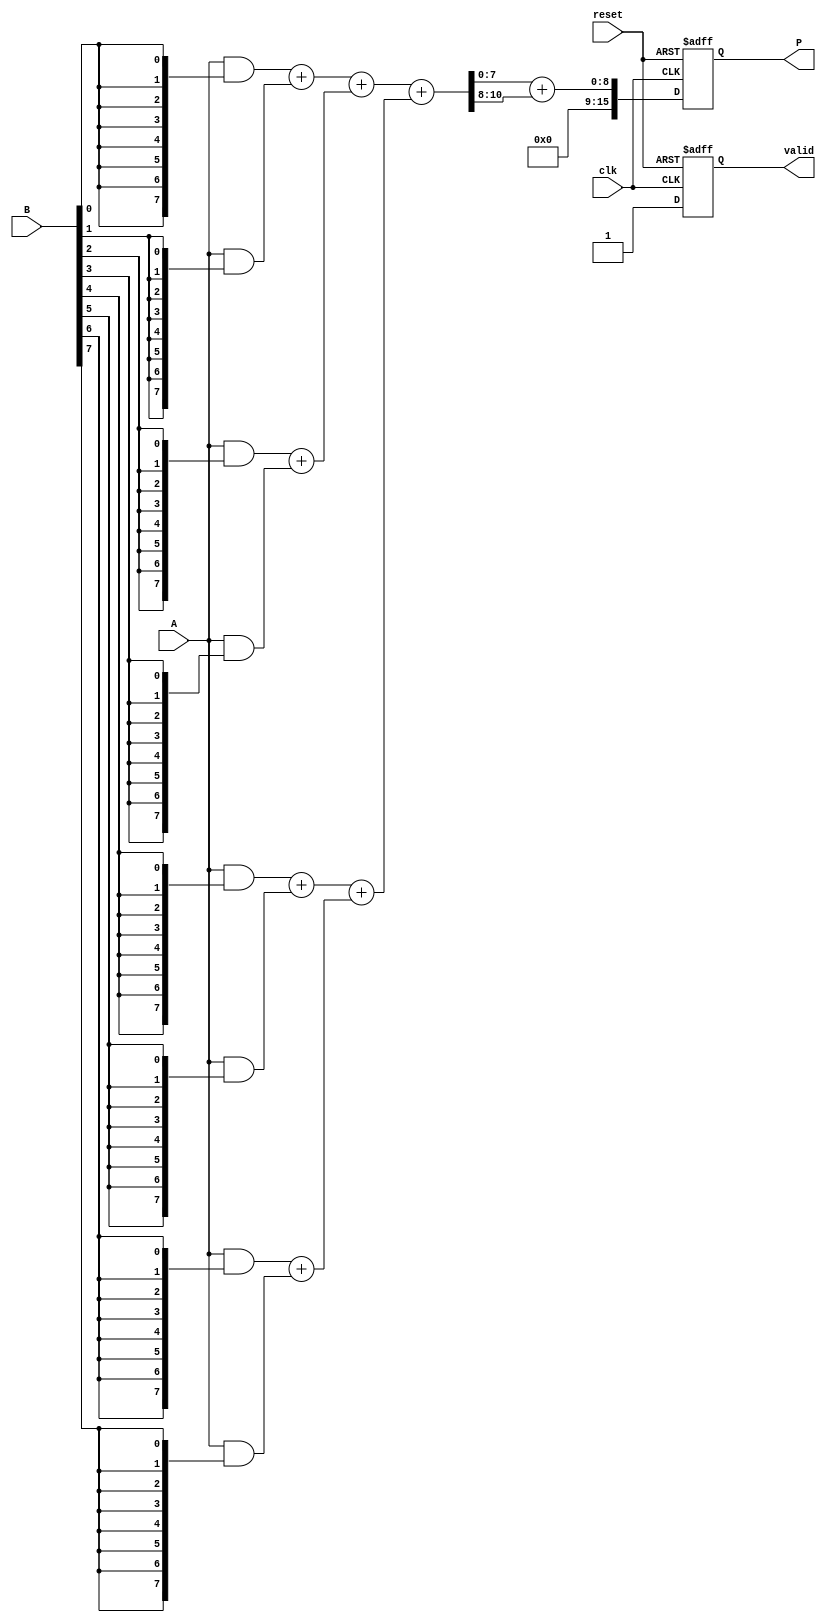
module WallaceTreeMultiplier #(
    parameter N = 8 // Size of the input binary numbers
)(
    input  wire [N-1:0] A,      // Input A
    input  wire [N-1:0] B,      // Input B
    input  wire clk,             // Clock signal
    input  wire reset,           // Reset signal
    output reg [2*N-1:0] P,      // Product output
    output reg valid             // Valid signal
);

// Internal signals
reg [N-1:0] partial_products [0:N-1]; // Partial products
wire [N-1:0] sum_stage1 [0:N/2-1];    // Sums from stage 1
wire [N-1:0] carry_stage1 [0:N/2-1];   // Carries from stage 1
wire [N-1:0] sum_stage2 [0:N/4-1];     // Sums from stage 2
wire [N-1:0] carry_stage2 [0:N/4-1];    // Carries from stage 2
wire [N-1:0] final_sum;                 // Final sum
wire [N-1:0] final_carry;               // Final carry

integer i;

// Generate partial products
always @(posedge clk or posedge reset) begin
    if (reset) begin
        // Initialize product and valid
        P <= 0;
        valid <= 0;
    end else begin
        // Generate partial products
        for (i = 0; i < N; i = i + 1) begin
            partial_products[i] = A & {N{B[i]}};
        end
        
        // Stage 1 reduction
        for (i = 0; i < N/2; i = i + 1) begin
            {carry_stage1[i], sum_stage1[i]} = partial_products[2*i] + partial_products[2*i+1];
        end
        
        // Stage 2 reduction
        for (i = 0; i < N/4; i = i + 1) begin
            {carry_stage2[i], sum_stage2[i]} = {carry_stage1[2*i], sum_stage1[2*i]} + {carry_stage1[2*i+1], sum_stage1[2*i+1]};
        end
        
        // Final addition
        {final_carry, final_sum} = {carry_stage2[0], sum_stage2[0]} + {carry_stage2[1], sum_stage2[1]};
        
        // Output the product
        P <= final_sum + final_carry;
        valid <= 1; // Indicate that the output is valid
    end
end

endmodule